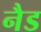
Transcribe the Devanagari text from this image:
नैड